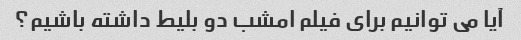
آیا می توانیم برای فیلم امشب دو بلیط داشته باشیم؟